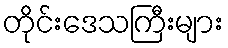
တိုင်းဒေသကြီးများ